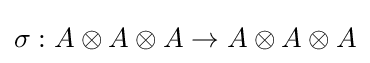
\sigma :A\otimes A\otimes A\to A\otimes A\otimes A